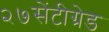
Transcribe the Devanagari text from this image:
२७सेंटीग्रेड